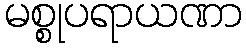
မစ္စုပရာယဏာ